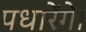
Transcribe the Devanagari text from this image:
पधारेंगे।